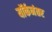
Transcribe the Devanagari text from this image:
यॉर्कनंतर